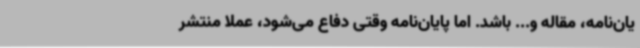
یان‌نامه، مقاله و... باشد. اما پایان‌نامه وقتی دفاع می‌شود، عملا منتشر